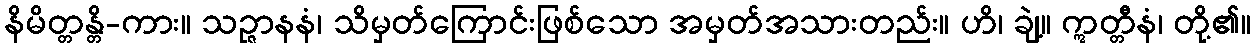
နိမိတ္တန္တိ-ကား။ သဉ္ဇာနနံ၊ သိမှတ်ကြောင်းဖြစ်သော အမှတ်အသားတည်း။ ဟိ၊ ချဲ့။ ဣတ္တီနံ၊ တို့၏။